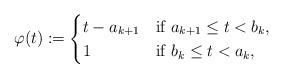
LaTeX: \begin{gather*}\varphi(t):=\begin{cases}t-a_{k+1} &\mbox{if }a_{k+1}\le t<b_k,\\1 &\mbox{if }b_k\le t<a_k,\end{cases}\end{gather*}